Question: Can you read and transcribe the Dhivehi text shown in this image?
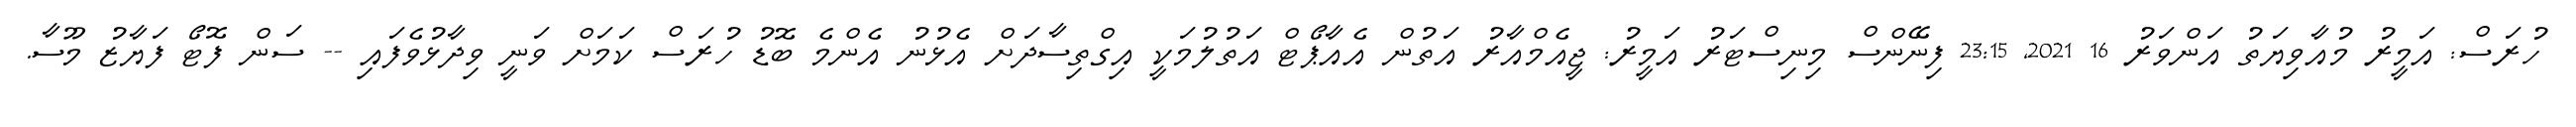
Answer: ހުރަސް: އަމީރު މުއާވިޔަތު އަންވަރު 16 2021, 23:15 ފިނޭންސް މިނިސްޓަރު އަމީރު: ޖީއެމްއާރު އަތުން އެއާޕޯޓް އަތުލުމަކީ އިގްތިސާދަށް އެޅުނު އެންމެ ބޮޑު ހުރަސް ކަމަށް ވަނީ ވިދާޅުވެފައި -- ސަން ފޮޓޯ ފަޔާޒު މޫސާ.